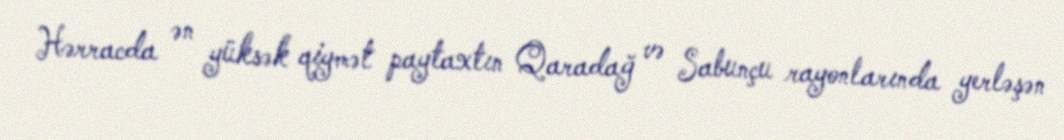
Hərracda ən yüksək qiymət paytaxtın Qaradağ və Sabunçu rayonlarında yerləşən